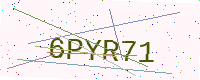
Text: 6PYR71